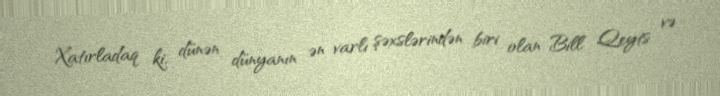
Xatırladaq ki, dünən dünyanın ən varlı şəxslərindən biri olan Bill Qeyts və